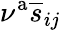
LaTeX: \nu^{\mathrm{a}}\overline{{s}}_{ij}